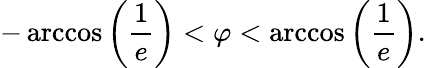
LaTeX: -\operatorname{arccos}\left({\frac{1}{e}}\right)<\varphi<\operatorname{arccos}\left({\frac{1}{e}}\right).